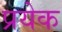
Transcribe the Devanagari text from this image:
प्रयेक